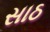
સાઠ